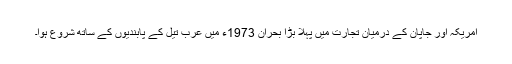
امریکہ اور جاپان کے درمیان تجارت میں پہلا بڑا بحران 1973ء میں عرب تیل کے پابندیوں کے ساتھ شروع ہوا۔